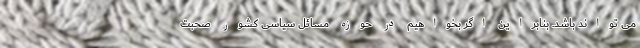
می تواند باشد. بنابراین اگر بخواهیم در حوزه مسائل سیاسی کشور صحبت